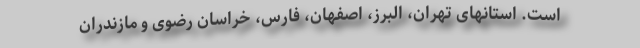
است. استانهای تهران، البرز، اصفهان، فارس، خراسان ‌رضوی و مازندران